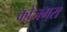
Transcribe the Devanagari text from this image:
कोजगरा